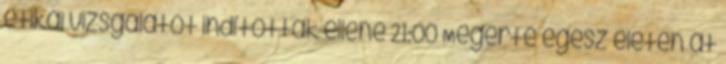
etikai vizsgálatot indítottak ellene 21:00 Megérte egész életén át